Sanitation, dispensaries and jails vaccination Rajputana 1922-1927 - 1922-1927
Year: 1922
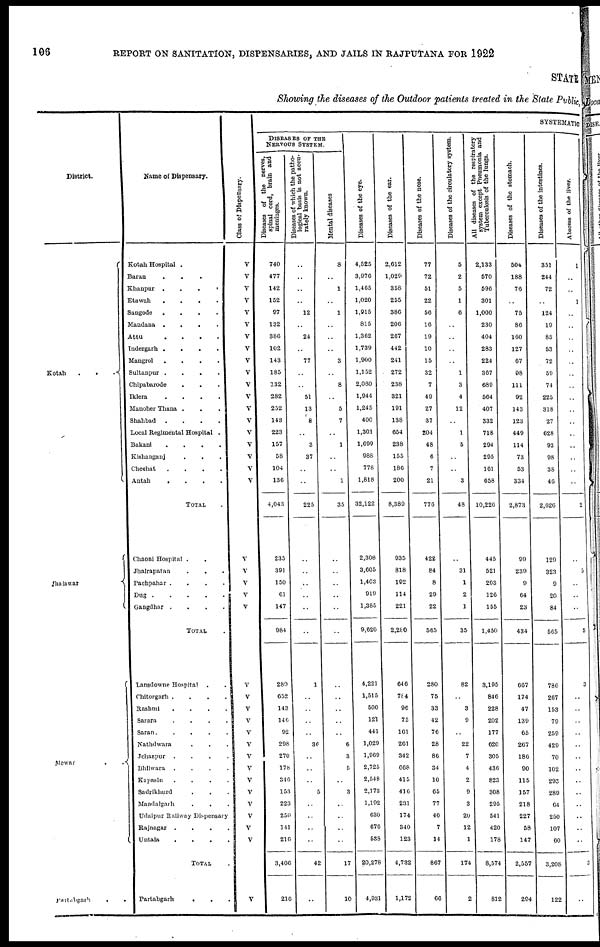
106
REPORT ON SANITATION, DISPENSARIES, AND JAILS IN RAJPUTANA FOR 1922
STATE
Showing the diseases of the Outdoor patients treated in the State Public,
District.
Kotah...
Jhalawar
Mewar..
Partabgarh..
Name of Dispensary.
Kotah Hospital...
Baran...
Khanpur....
Etawah....
Sangode....
Mandana....
Attu....
Indergarh....
Mangrol....
Sultanpur....
Chipabarode...
Iklera....
Manoher Thana.
Shahbad....
Local Regimental Hospital.
Bakani....
Kishanganj...
Cheshat....
Antah....
TOTAL
Chaoni Hospital...
Jhalrapatan...
Pachpahar....
Dug
Gangdhar....
TOTAL.
Lansdowne Hospital..
Chitorgarh....
Rashmi....
Sarnra....
Saran.....
Nathdwara...
Jchazpur....
Bhilwara....
Kapasin....
Sadrikhurd...
Mandalgarh...
Udaipur Railway Dispensary
Rajnagar....
Untala....
TOTAL.
Partabgarh...
Class of Dispensary.
V
V
V
V
V
V
V
V
V
V
V
V
V
V
V
V
V
V
V
V
V
V
V
V
V
V
V V
V
V
V
V
V
V
V
V
V
V
V
SYSTEMATIC
DISEASES OF THE
NERVOUS SYSTEM.
Diseases of the nerves,
spinal cord, brain and
meninges.
740
477
142
152
97
132
386
102
143
185
132
282
252
143
223
157
58
104
136
4,043
235
391
150
61
147
984
289
652
143
146
92
298
270
178
346
153
223
259
141
216
3,406
216
Diseases of which the patho-
logical basis is not accu-
rately known.
..
..
..
..
12
..
24
..
77
..
..
51
13
8
..
3
37
..
..
225
..
..
..
..
..
..
1
..
..
..
..
36
..
..
..
5
..
..
..
..
42
..
Mental diseases
8
..
1
..
1
..
..
..
3
..
8
..
5
7
..
1
..
..
1
35
..
..
..
..
..
..
..
..
..
..
..
6
3
5
..
3
..
..
..
..
17
10
Diseases of the eye.
4,525
3,976
1,465
1,020
1,915
815
1,362
1,739
1,900
1,152
2,080
1,944
1,245
400
1,301
1,699
988
778
1,818
32,122
2,308
3,605
1,403
919
1,385
9,620
4,221
1,515
500
121
441
1,029
1,969
2,725
2,548
2,173
1,192
630
676
538
20,278
4,931
Diseases of the ear.
2,612
1,029
358
255
386
206
267
442
241
272
238
321
191
138
654
238
155
186
200
8,389
935
818
192
114
221
2,280
646
784
96
75
161
261
342
668
415
416
231
174
340
123
4,732
1,172
Diseases of the nose.
77
72
51
22
56
16
19
10
15
32
7
49
27
37
204
48
6
7
21
776
422
84
8
29
22
565
280
75
33
42
76
28
86
34
10
65
77
40
7
14
867
66
Diseases of the circulatory system.
5
2
5
1
6
..
..
..
..
1
3
4
12
..
1
5
..
..
3
48
..
31
1
2
1
35
82
..
3
9
..
22
7
4
2
9
3
20
12
1
174
2
All diseases of the respiratory
system except Pneumonia and
Tuberculosis of the lungs.
2,133
570
596
301
1,000
230
404
283
224
367
689
564
407
332
718
294
295
161
658
10,226
445
521
203
126
155
1,450
3,195
846
228
202
177
620
305
436
823
308
295
541
420
178
8,574
812
Diseases of the stomach.
504
188
76
..
75
86
160
127
67
98
111
92
143
123
449
114
73
53
334
2,873
99
239
9
64
23
434
667
174
47
139
65
267
186
90
115
157
218
227
58
147
2,557
294
Diseases of the intestines.
351
244
72
..
124
19
85
53
72
59
74
225
318
27
628
93
98
38
46
2,626
129
323
9
20
84
565
786
267
153
79
259
429
70
102
293
289
64
250
107
60
3,208
122
Abscess of the liver.
1
..
..
1
..
..
..
..
..
..
..
..
..
..
..
..
..
..
..
2
..
5
..
..
..
5
3
..
..
..
..
..
..
..
..
..
..
..
..
..
3
..